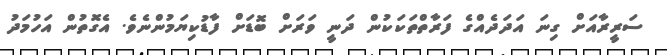
ސަރީރާއަށް ގިނަ އަދަދެއްގެ ފަރާތްތަކަކުން ދަނީ ވަރަށް ބޮޑަށް ފާޑުކިޔަމުންނެވެ. އެގޮތުން އަހުމަދު